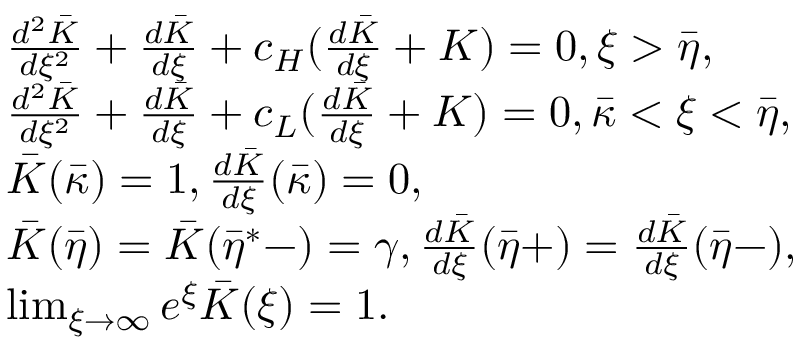
\begin{array} { r l } & { \frac { d ^ { 2 } \bar { K } } { d \xi ^ { 2 } } + \frac { d \bar { K } } { d \xi } + c _ { H } ( \frac { d \bar { K } } { d \xi } + K ) = 0 , \xi > \bar { \eta } , } \\ & { \frac { d ^ { 2 } \bar { K } } { d \xi ^ { 2 } } + \frac { d \bar { K } } { d \xi } + c _ { L } ( \frac { d \bar { K } } { d \xi } + K ) = 0 , \bar { \kappa } < \xi < \bar { \eta } , } \\ & { \bar { K } ( \bar { \kappa } ) = 1 , \frac { d \bar { K } } { d \xi } ( \bar { \kappa } ) = 0 , } \\ & { \bar { K } ( \bar { \eta } ) = \bar { K } ( \bar { \eta } ^ { * } - ) = \gamma , \frac { d \bar { K } } { d \xi } ( \bar { \eta } + ) = \frac { d \bar { K } } { d \xi } ( \bar { \eta } - ) , } \\ & { \operatorname* { l i m } _ { \xi \rightarrow \infty } e ^ { \xi } \bar { K } ( \xi ) = 1 . } \end{array}